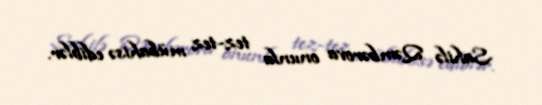
Sahilə Qəmbərova onunla tez-tez mübahisə ediblər.